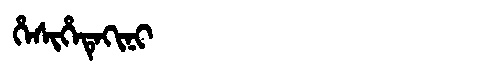
Manchu: ᡥᡝᠰᡳᡥᡝᡨᡝᡴᡳᠨᡳ
Romanization: HESIHETEKINI